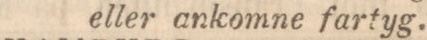
eller ankomne fartyg.